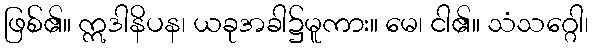
ဖြစ်၏။ ဣဒါနိပန၊ ယခုအခါ၌မူကား။ မေ၊ ငါ၏။ သံသဂ္ဂေါ၊